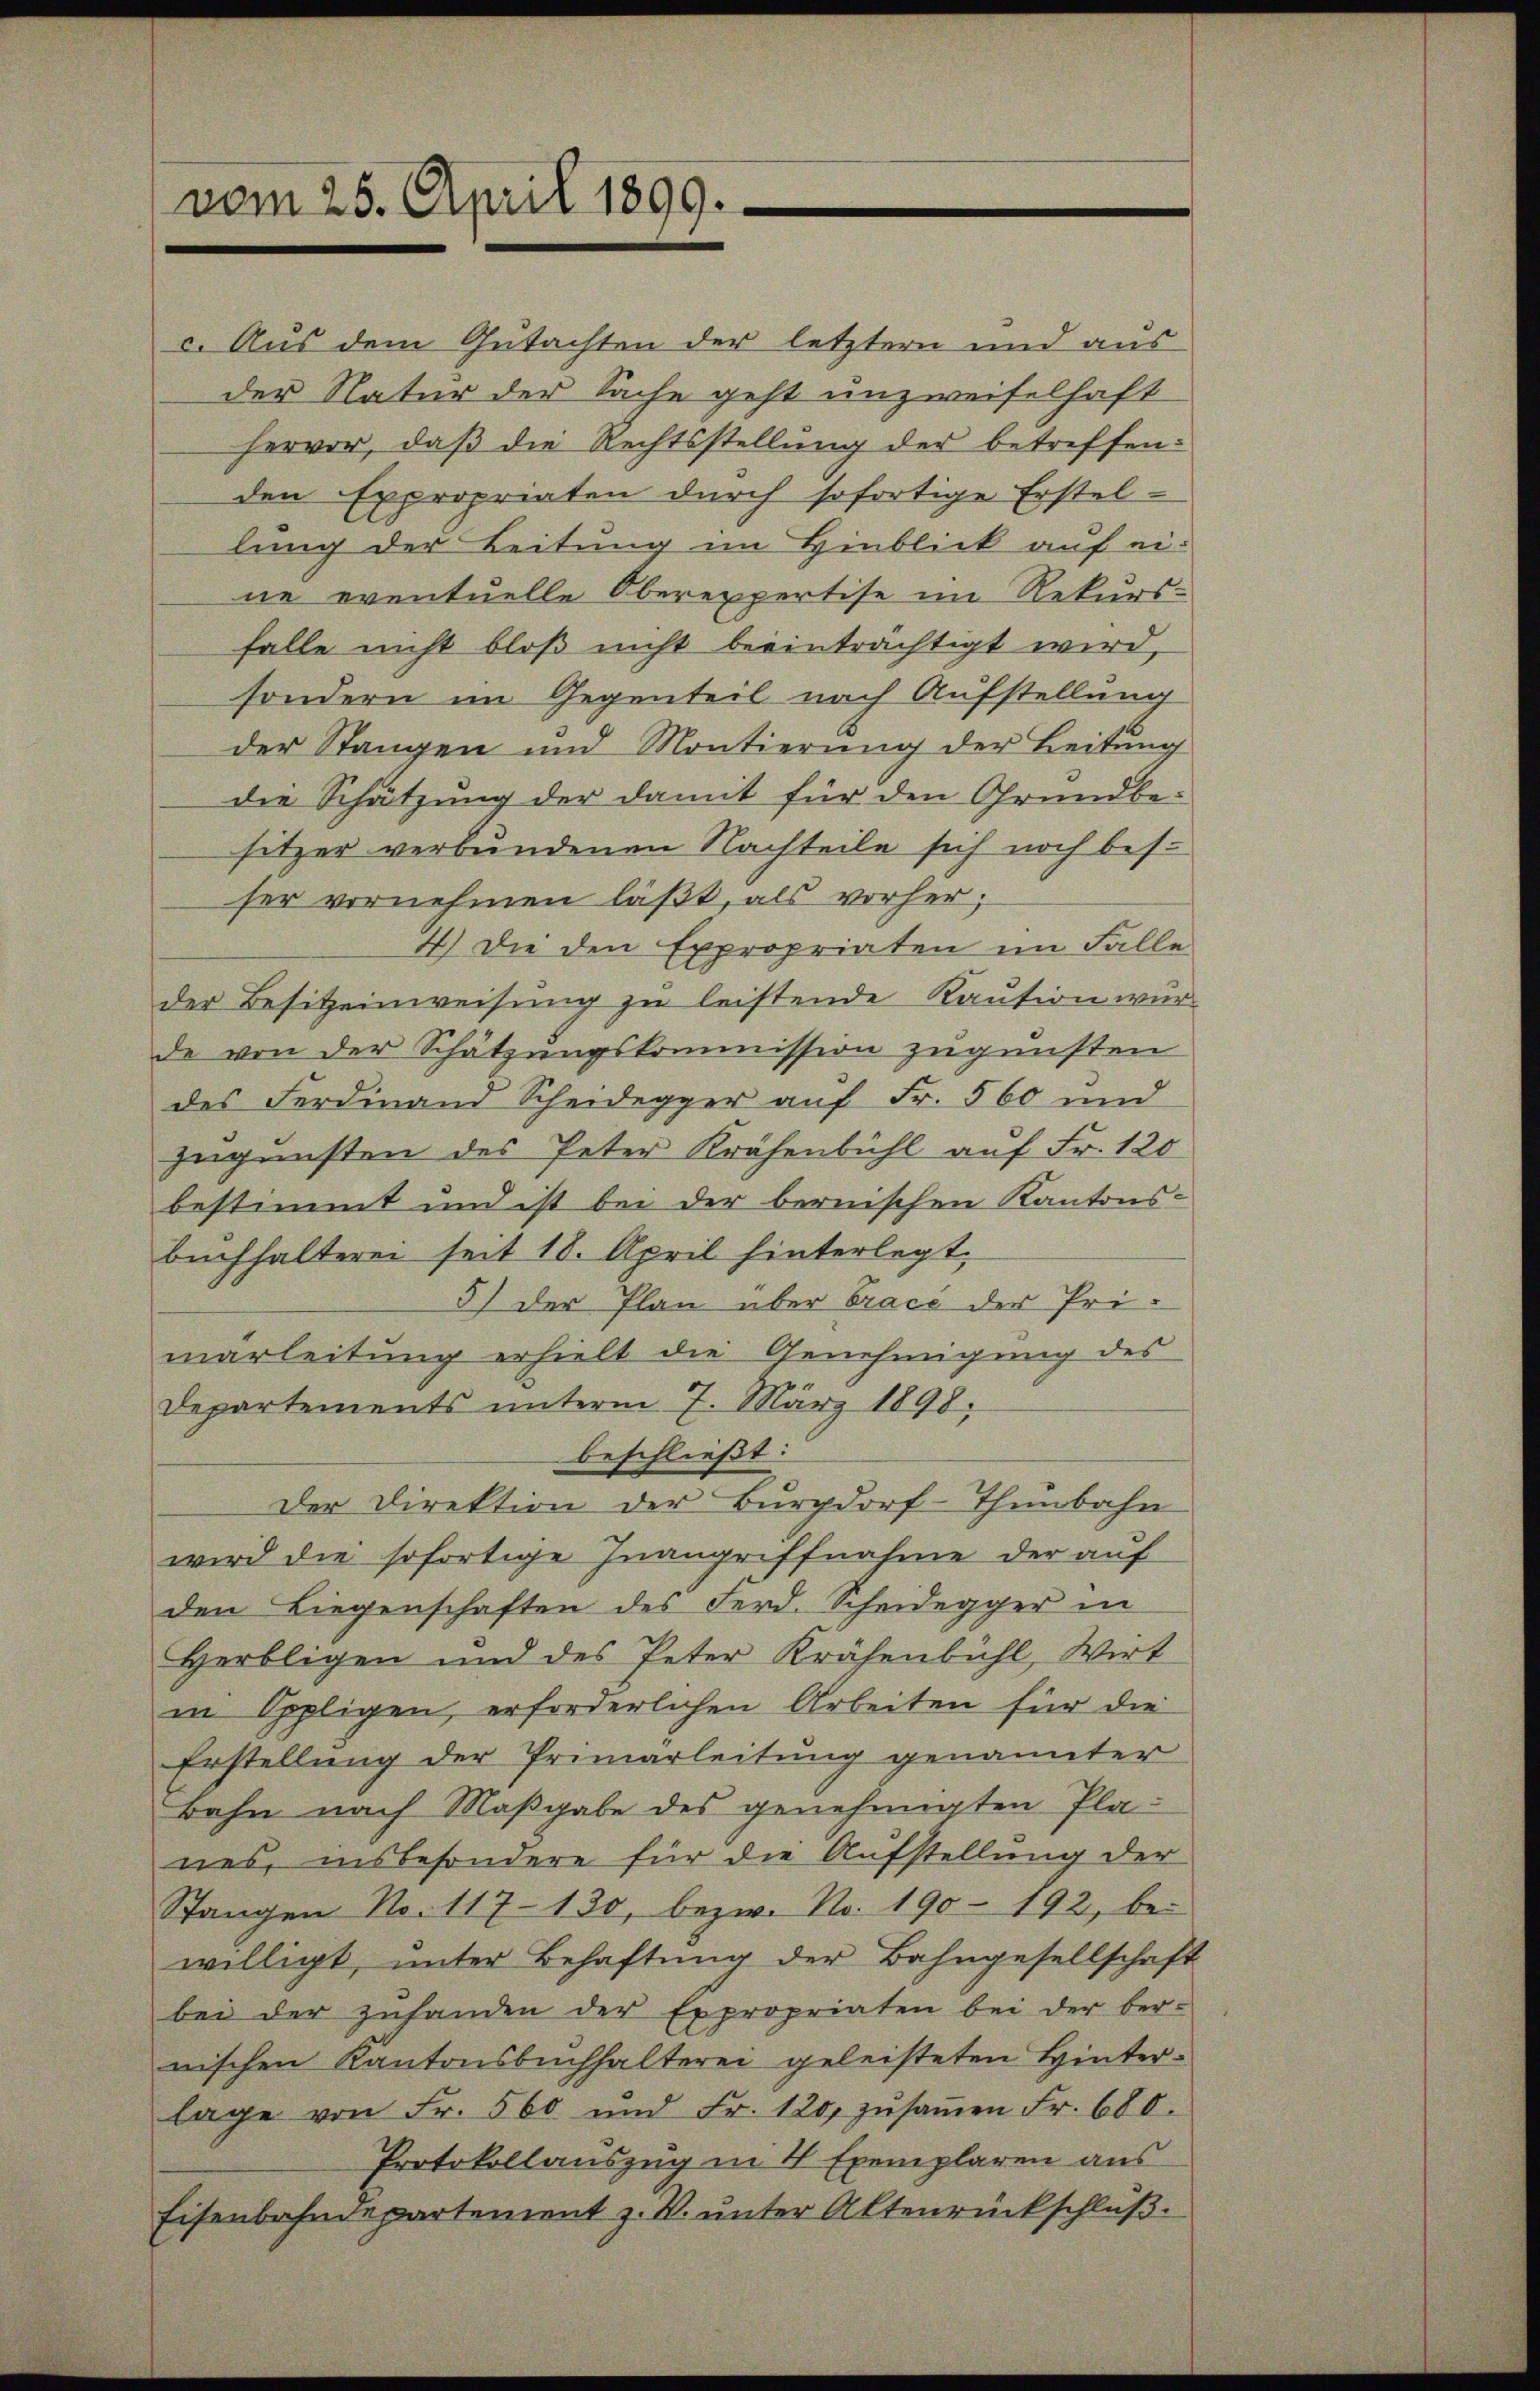
vom 25. April 1899.

c. Aus dem Gutachten der letztern und aus
der Natur der Sache geht unzweifelhaft
hervor, daß die Rechtsstellung der betreffenden Expropriaten durch sofortige Erstellung der Leitung im Hinblick auf ei-
ne eventuelle Oberexpertise im Rekurs-
falle nicht bloß nicht beeinträchtigt wird,
sondern im Gegenteil nach Aufstellung
der Stangen und Montierung der Leitung
die Schätzung der damit für den Grundbe-
sitzer verbundenen Nachteile sich noch bes.
ser vornehmen läßt, als vorher,
4.) Die den Expropriaten im Falle
der Besitzeinweisung zu leistende Kaution wurde von der Schätzungskommission zugunsten
des Ferdinand Scheidegger auf Fr. 560 und
zugunsten des Peter Krähenbühl auf Fr. 120
bestimmt und ist bei der bernischen Kantons-
buchhalteren seit 18. April hinterlegt.
5) der Plan über Trace der Primarleitung erhielt die Genehmigung des
Departements unterm 7. März 1898,
beschließt:
Der Direktion der Burgdorf-Thunbahn
wird die sofortige Inangriffnahme der auf
den Liegenschaften des Ferd. Scheidegger in
Herbligen und des Peter Krähenbühl, Wirt
in Oppligen, erforderlichen Arbeiten für die
Erstellung der Primarleitung genannter
bahn nach Maßgabe des genehmigten Planes, insbesondere für die Aufstellung der
Stangen No. 117-130, bezw. No. 190 - 192, be-
willigt, unter Behaftung der Bahngesellschaft
bei der zuhanden der Expropriaten bei der ber-
nischen Kantonsbuchhalterei geleisteten Hinterlage von Fr. 560 und Fr. 120, zŭsaṁen Fr. 680.
Protokollauszug in 4 Exemplaren aus
Eisenbahndepartement z. B. unter Altenrückschluß.